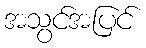
အသွင်အပြင်